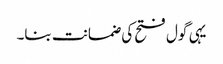
یہی گول فتح کی ضمانت بنا۔